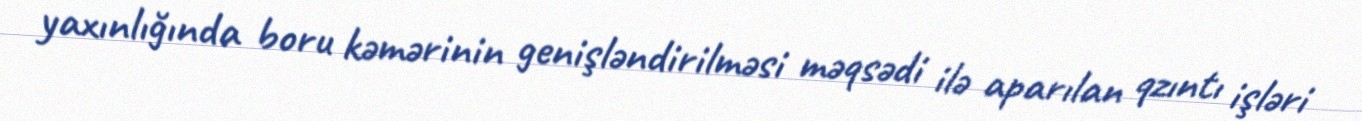
yaxınlığında boru kəmərinin genişləndirilməsi məqsədi ilə aparılan qzıntı işləri